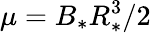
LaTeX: \mu=B_{*}R_{*}^{3}/2